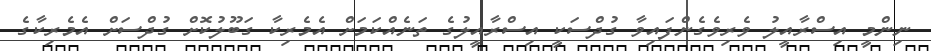
ނިންމީ އިސްރާއީލު ވެރިވެގެންފައިވާ ގުދްސަކީ އިސްރާއީލުގެ ތަނެއްކަމަށް އެމެރިކާ ގަބޫލުކޮށް ގުދްސަށް އެމެރިކާގެ